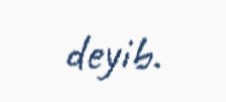
deyib.